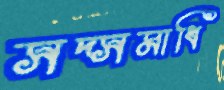
সদ্সমাধি